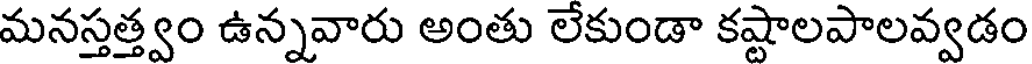
మనస్తత్త్వం ఉన్నవారు అంతు లేకుండా కష్టాలపాలవ్వడం